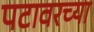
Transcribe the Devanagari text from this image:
पटावरच्या